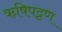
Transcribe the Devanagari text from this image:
ऋषिपट्टण